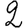
Digit: 2